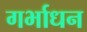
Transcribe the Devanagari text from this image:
गर्भाधन